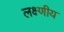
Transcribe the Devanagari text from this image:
लक्ष्णीय